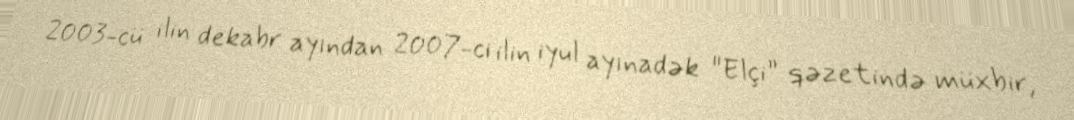
2003-cü ilin dekabr ayından 2007-ci ilin iyul ayınadək "Elçi” qəzetində müxbir,